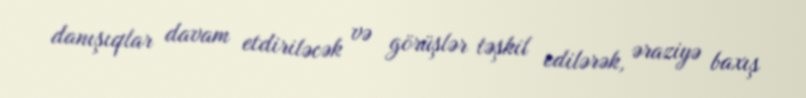
danışıqlar davam etdiriləcək və görüşlər təşkil edilərək, əraziyə baxış